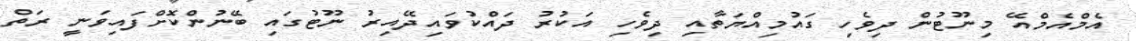
އެމްއެމްއޭ މިނޫޓުން ދިވެހި ގައުމިއްޔަތާއި ދިވެހި އަކުރު ދައްކުވައިދޭއިރު ނޫޓުގައި ބޭނުންކޮށްފައިވަނީ ރަތް